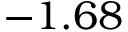
- 1 . 6 8